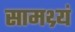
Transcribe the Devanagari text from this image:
सामथ्र्यं